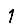
Digit: 1